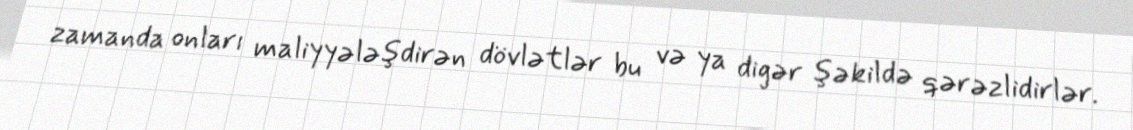
zamanda onları maliyyələşdirən dövlətlər bu və ya digər şəkildə qərəzlidirlər.